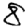
Digit: 8